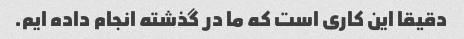
دقیقا این کاری است که ما در گذشته انجام داده ایم.